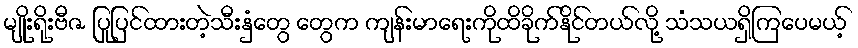
မျိုးရိုးဗီဇ ပြုပြင်ထားတဲ့သီးနှံတွေ တွေက ကျန်းမာရေးကိုထိခိုက်နိုင်တယ်လို့ သံသယရှိကြပေမယ့်